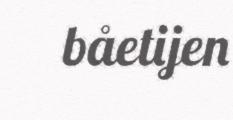
båetijen